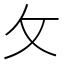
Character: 攵